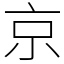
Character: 京